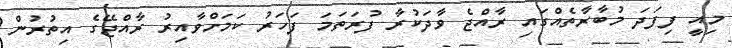
މިއީ ފިފަދަ މުބާރާތެއްގައި ރާއްޖެ ވާދަކުރާ ފުރަތަމަ ފަހަރު ކަމަށްވާއިރު ރާއްޖޭގެ އިތުރުން